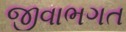
જીવાભગત